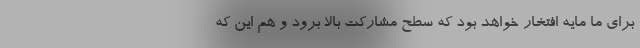
برای ما مایه افتخار خواهد بود که سطح مشارکت بالا برود و هم این که